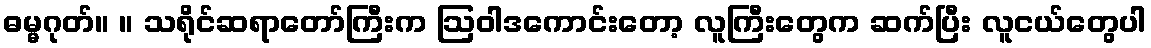
ဓမ္မဂုတ်။ ။ သရိုင်ဆရာတော်ကြီးက ဩဝါဒကောင်းတော့ လူကြီးတွေက ဆက်ပြီး လူငယ်တွေပါ